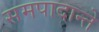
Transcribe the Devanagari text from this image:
समपादान्ते